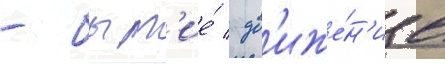
- быт'ие́ / дв'иже́н'ие